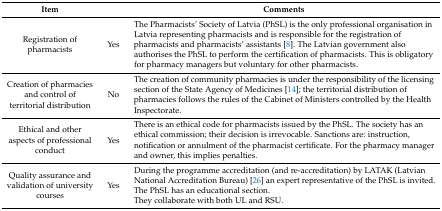
| Item |  | Comments |
 | --- | --- | --- |
 | Registration of pharmacists | Yes | The Pharmacists’ Society of Latvia (PhSL) is the only professional organisation in Latvia representing pharmacists and is responsible for the registration of pharmacists and pharmacists’ assistants [8]. The Latvian government also authorises the PhSL to perform the certification of pharmacists. This is obligatory for pharmacy managers but voluntary for other pharmacists. |
 | Creation of pharmacies and control of territorial distribution | No | The creation of community pharmacies is under the responsibility of the licensing section of the State Agency of Medicines [14]; the territorial distribution of pharmacies follows the rules of the Cabinet of Ministers controlled by the Health Inspectorate. |
 | Ethical and other aspects of professional conduct | Yes | There is an ethical code for pharmacists issued by the PhSL. The society has an ethical commission; their decision is irrevocable. Sanctions are: instruction, notification or annulment of the pharmacist certificate. For the pharmacy manager and owner, this implies penalties. |
 | Quality assurance and validation of university courses | Yes | During the programme accreditation (and re-accreditation) by LATAK (Latvian National Accreditation Bureau) [26] an expert representative of the PhSL is invited. The PhSL has an educational section. They collaborate with both UL and RSU. |